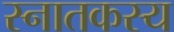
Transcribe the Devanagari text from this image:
स्नातकस्य